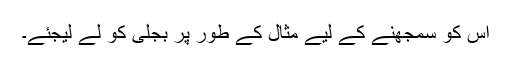
اس کو سمجھنے کے لیے مثال کے طور پر بجلی کو لے لیجئے۔